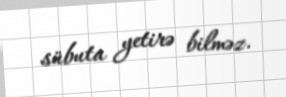
sübuta yetirə bilməz.